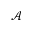
\mathcal { A }